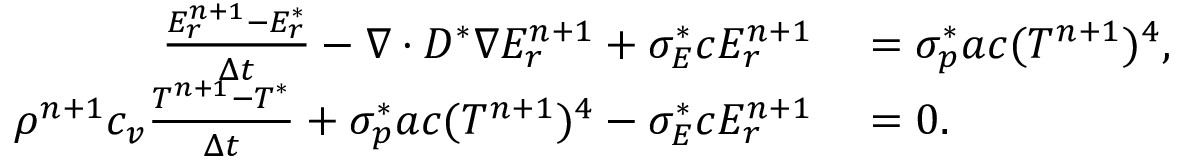
\begin{array} { r l } { \frac { E _ { r } ^ { n + 1 } - E _ { r } ^ { * } } { \Delta t } - \nabla \cdot D ^ { * } \nabla E _ { r } ^ { n + 1 } + \sigma _ { E } ^ { * } c E _ { r } ^ { n + 1 } } & { { } = \sigma _ { p } ^ { * } a c ( T ^ { n + 1 } ) ^ { 4 } , } \\ { \rho ^ { n + 1 } c _ { v } \frac { T ^ { n + 1 } - T ^ { * } } { \Delta t } + \sigma _ { p } ^ { * } a c ( T ^ { n + 1 } ) ^ { 4 } - \sigma _ { E } ^ { * } c E _ { r } ^ { n + 1 } } & { { } = 0 . } \end{array}